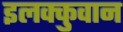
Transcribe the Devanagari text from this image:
इलक्कुवान